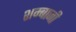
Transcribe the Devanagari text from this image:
शम्बाजी